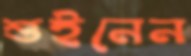
শুইনেন